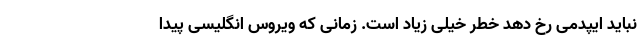
نباید ایپدمی رخ دهد خطر خیلی زیاد است. زمانی که ویروس انگلیسی پیدا